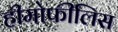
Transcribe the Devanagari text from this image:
हीमोफीलिस